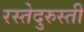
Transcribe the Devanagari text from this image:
रस्तेदुरुस्ती